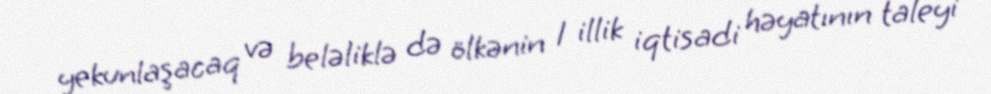
yekunlaşacaq və beləliklə də ölkənin 1 illik iqtisadi həyatının taleyi